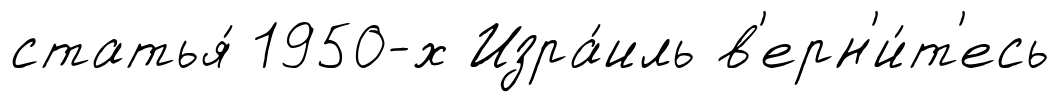
статья́ 1950-х Изра́иль в'ерн'и́т'есь